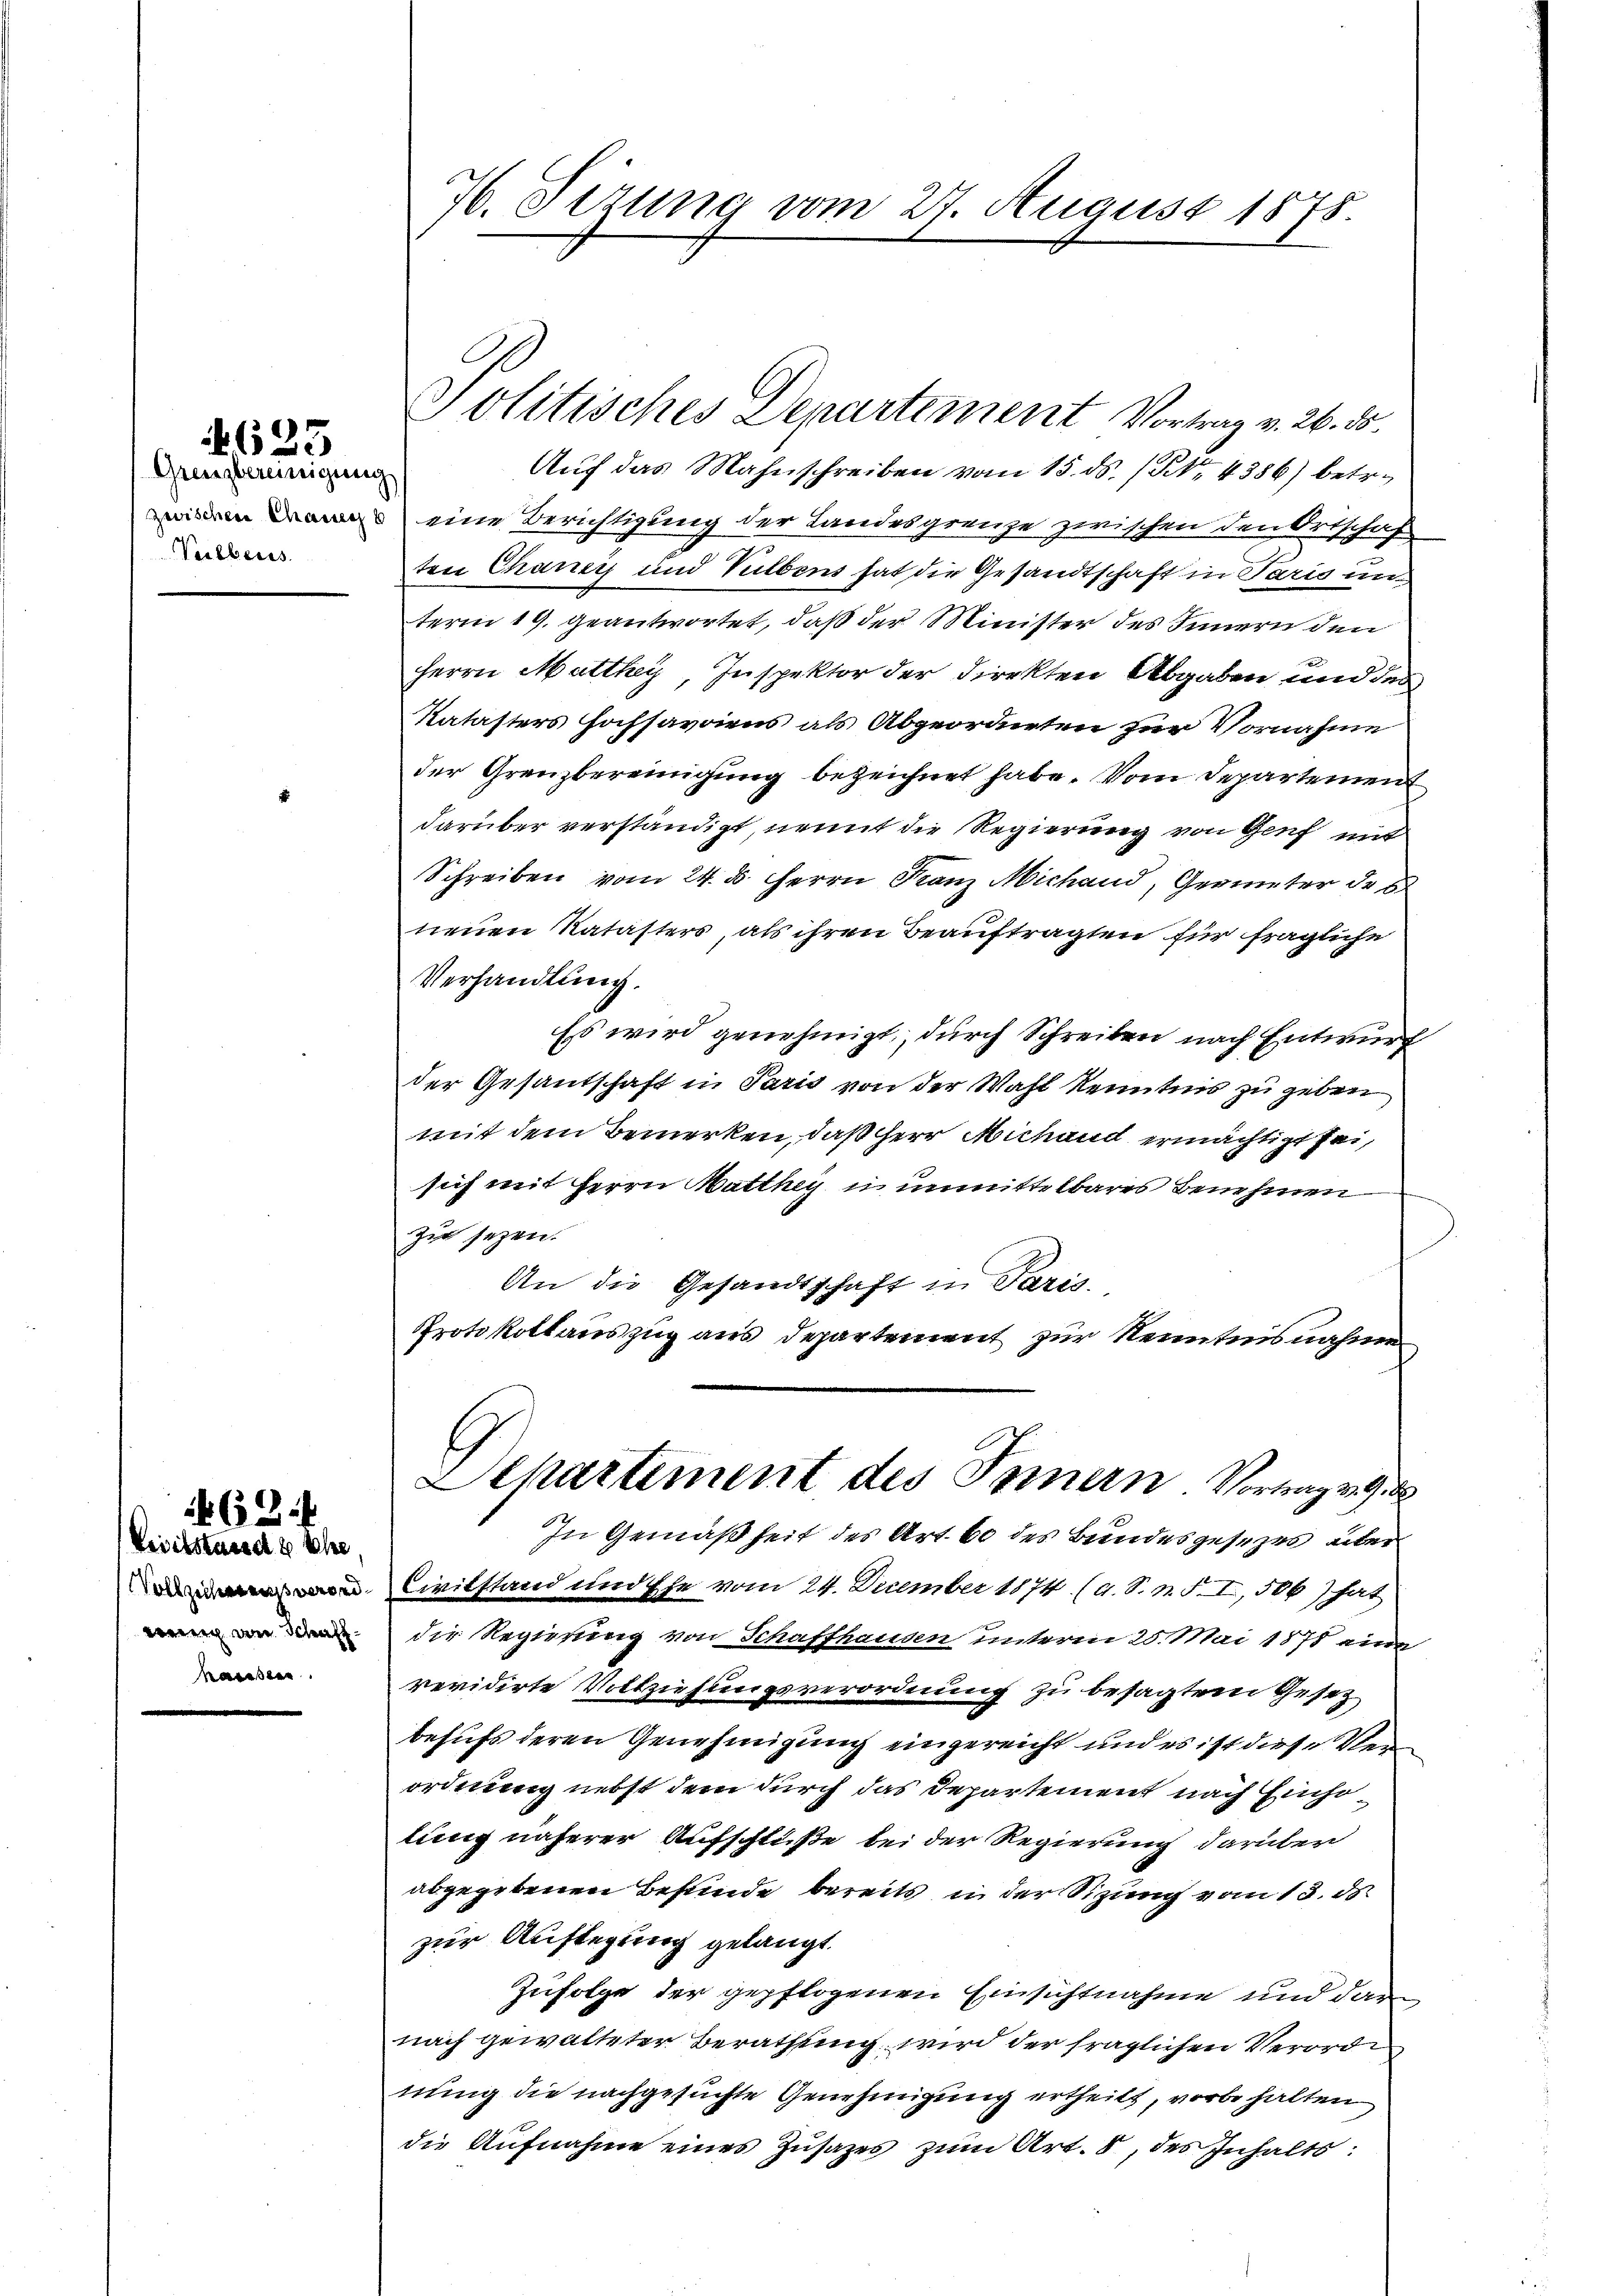
Grenzbereinigung
Veilberis

4623

Veiitstand & Ehe
Vollziehens verordweng von Schaffhaieste

68.

2. Sizung vom 27. August 1875.

Politisches Departement Vortrag v. 26. 5.
Auf das Mahnschreiben vom 15. ds. (Art. 4386) betr.

eine Berichtigung der Landesgrenze zwischen den Ortschaf
ten Chaney und Vutbens hat die Gesandtschaft in Paris un-
term 19. geantwortet, daß der Minister des Innern den
Herrn Matthey, Inspektor der Direkten Abgaben und des
Katasters Hochsavaiens als Abgeordneten zur Vornahme
der Grenzbereinigung bezeichnet habe. Vom Departement
darüber verständigt, nennt die Regierung von Genf mit
Schreiben vom 24. d. Herrn Franz Michand, Geometer de s
neuen Natasters, als ihren Beauftragten für fragliche
Verhandlung.
Es wird genehmigt, durch Schreiben nach Entwurf
der Gesantschaft in Paris von der Wahl Kenntnis zu geben
mit dem Bemerken, daß Herr Michand ermächtigt sei,
sich mit Herrn Matthey in unmittelbares Benehmen
zu sagen.
An die Gesandtschaft in Paris.
Protokollauszug aus Departement zur Kenntnisnahme

Departement des Innern Vortrag v. 9.
In Gemäßheit des Art. 60 des Bundesgesezes über

Civilstand und Ehe vom 24. December 1874 (d. S. n. F. I, 506) hat
die Regierung von Schaffhausen unterm 25. Mai 1878 eine
revidirte Vollziehungsverordnung zu besagten Gesez
behufs deren Genehmigung eingereicht und es ist diese Verordnung nebst dem durch das Departement nach Einsolung näherer Aufschlüße bei der Regierung darüber
abgegebenen Befunde bereits in der Sitzung vom 13. ds.
zur Auflegung gelangt.
Zufolge der gepflogenen Einsichtnahme und darnach gewalteter Berathung wird der fraglichen Verorde
nung die nachgesuchte Genehmigung ertheilt, vorbehalten
die Aufnahme eines Zusatzes zum Art. 8, des Inhalts: